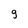
Character: 9